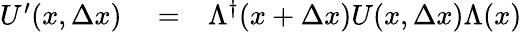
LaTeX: \begin{array}{rlr}{U^{\prime}(x,\Delta x)}&{{}=}&{\Lambda^{\dagger}(x+\Delta x)U(x,\Delta x)\Lambda(x)}\end{array}